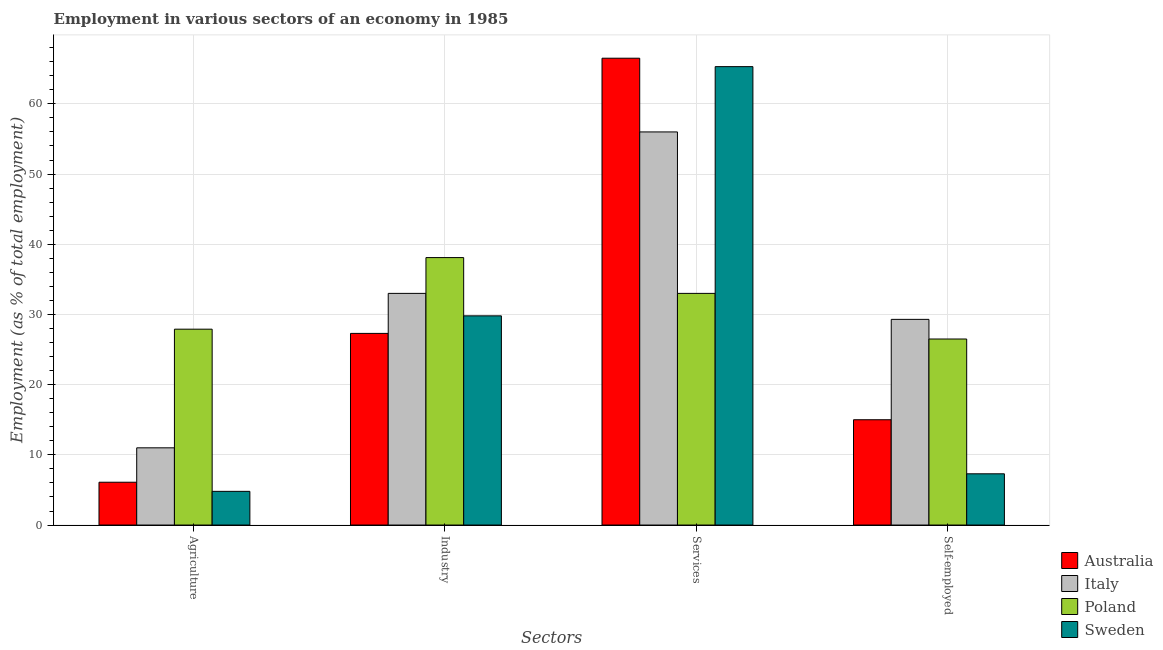
| Sectors | Australia | Italy | Poland | Sweden |
 | --- | --- | --- | --- | --- |
 | Agriculture | 6.1 | 11 | 27.9 | 4.8 |
 | Industry | 27.3 | 33 | 38.1 | 29.8 |
 | Services | 66.5 | 56 | 33 | 65.3 |
 | Self-employed | 15 | 29.3 | 26.5 | 7.3 |